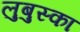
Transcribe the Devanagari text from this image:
लुबुस्का